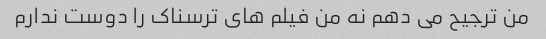
من ترجیح می دهم نه من فیلم های ترسناک را دوست ندارم